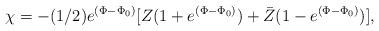
LaTeX: \begin{align*}\chi =-(1/2) e^{(\Phi -\Phi_0)}[Z(1+ e^{(\Phi -\Phi_0)}) + \bar Z(1- e^{(\Phi -\Phi_0)})],\end{align*}